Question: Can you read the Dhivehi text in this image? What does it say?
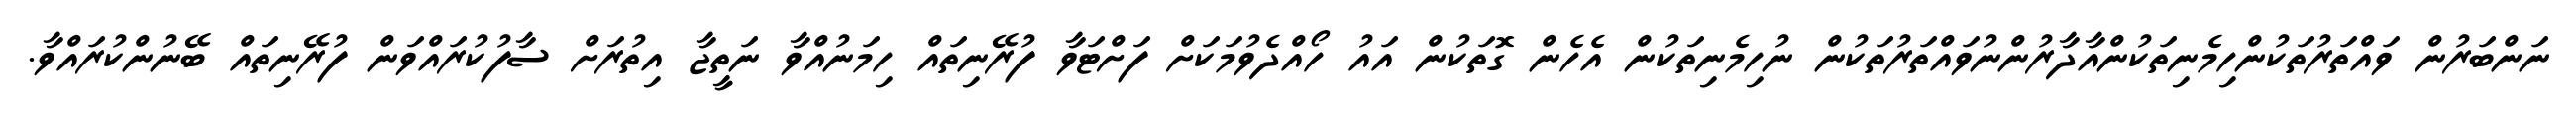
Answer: ނަންބަރުން ވައްތަރުތަކުންހިމެނިތަކުންއާދާރުންނުވައްތަރުތަކުން ނުހިމެނިތަކުން އެހެން ގޮތަކުން އައު ހޯއްދެވުމަކަށް ފަށްޓަވާ ފުރޭނިތައް ހިމަނުއްވާ ނަތީޖާ އިތުރަށް ސާފުކުރައްވަން ފުރޭނިތައް ބޭނުންކުރައްވާ.